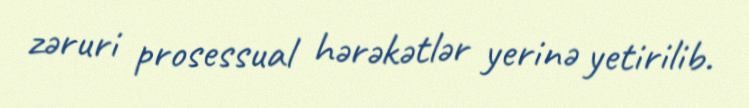
zəruri prosessual hərəkətlər yerinə yetirilib.